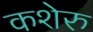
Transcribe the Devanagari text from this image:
कशेरु